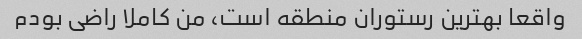
واقعا بهترین رستوران منطقه است، من کاملا راضی بودم